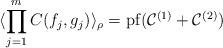
LaTeX: \begin{align*} \langle \prod_{j=1}^m C(f_j,g_j) \rangle_{\rho} = {\rm pf}( \mathcal{C}^{(1)} + \mathcal{C}^{(2)})\end{align*}